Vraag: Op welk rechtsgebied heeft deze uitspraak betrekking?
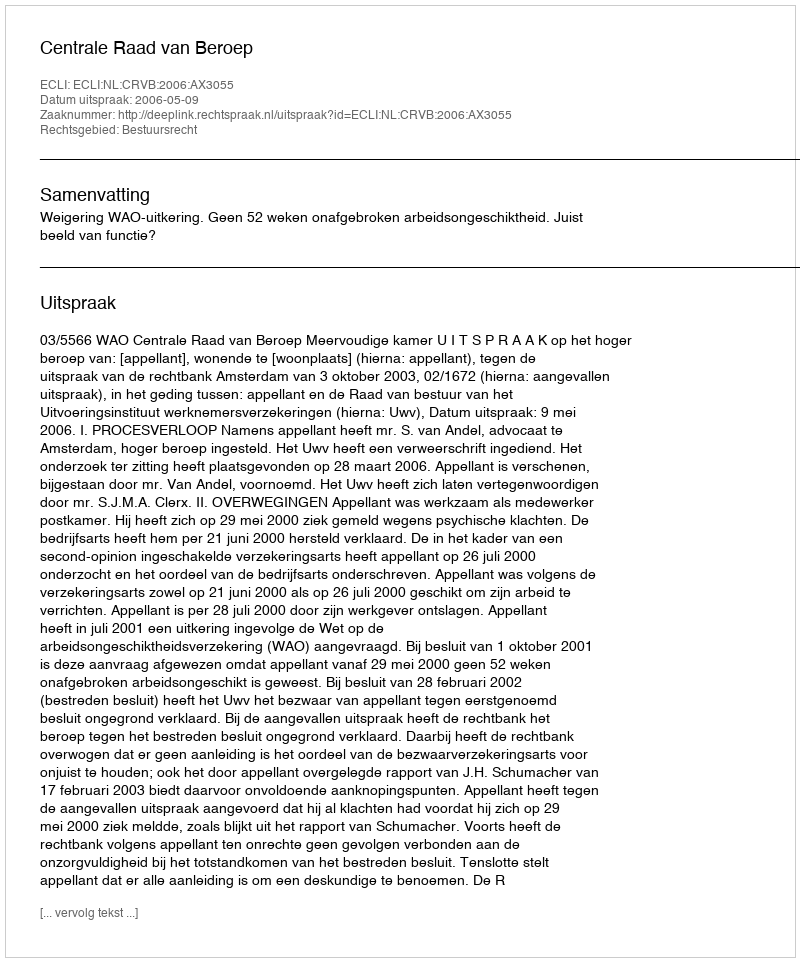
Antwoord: Bestuursrecht